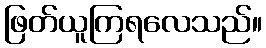
ဖြတ်ယူကြရလေသည်။